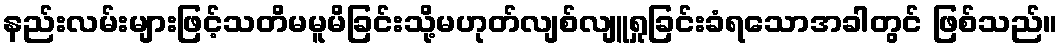
နည်းလမ်းများဖြင့်သတိမမူမိခြင်းသို့မဟုတ်လျစ်လျူရှုခြင်းခံရသောအခါတွင် ဖြစ်သည်။